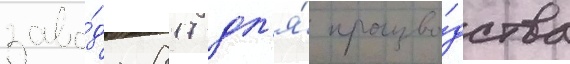
заво́да 817 дл'я́ произво́дства